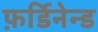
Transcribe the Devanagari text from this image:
फ़र्डिनेन्ड